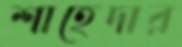
শাহেদার